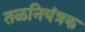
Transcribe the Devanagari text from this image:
तळनियंत्रक